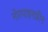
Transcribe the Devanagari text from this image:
नोरपाइनफ्रीन